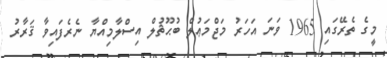
މީގެ ތެރޭގައި 1965 ވަނަ އަހަރު މަޖްމަޢުލް ބުޙޫޘުލް އިސްލާމިއްޔާ ނެރެފައިވާ ޤަރާރު